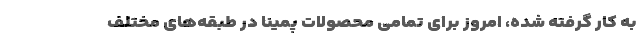
به کار گرفته شده، امروز برای تمامی محصولات پمینا در طبقه‌های مختلف